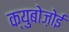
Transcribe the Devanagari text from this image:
क्युबोज़ोई